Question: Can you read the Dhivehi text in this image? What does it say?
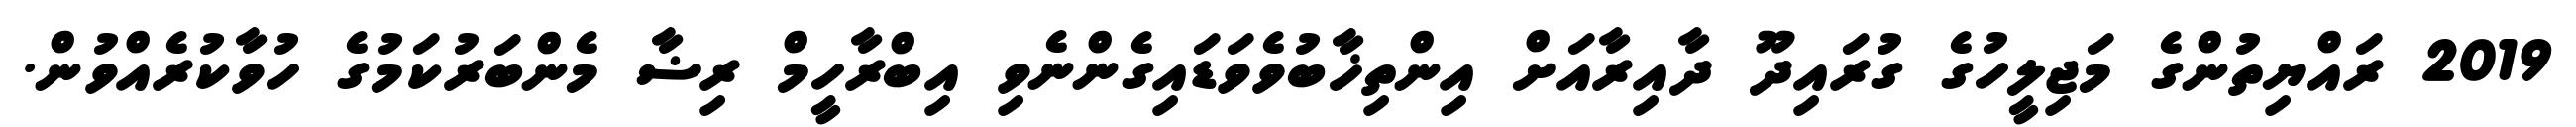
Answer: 2019 ރައްޔިތުންގެ މަޖިލީހުގެ ގުރައިދޫ ދާއިރާއަށް އިންތިޚާބުވެވަޑައިގެންނެވި އިބްރާހީމް ރިޟާ މެންބަރުކަމުގެ ހުވާކުރެއްވުން.